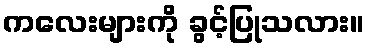
ကလေးများကို ခွင့်ပြုသလား။